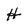
Character: H